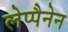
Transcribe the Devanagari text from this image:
लेप्पैनेन